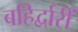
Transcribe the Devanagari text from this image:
बहिर्द्वारीं